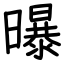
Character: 曝